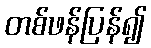
တစ်ဖန်ပြန်၍